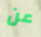
عن